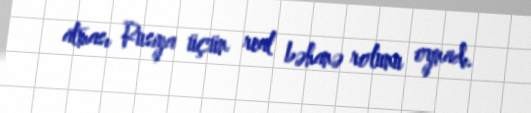
atması Rusiya üçün real bəhanə rolunu oynadı.